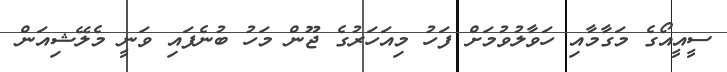
ސީއީއޯގެ މަގާމާއި ހަވާލުވުމަށް ފަހު މިއަހަރުގެ ޖޫން މަހު ބުނެފައި ވަނީ މެލޭޝިއަން